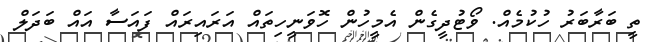
ތީ ބަރާބަރު ހުކުމެއް. ވޯޓުދީގެން އެމީހުން ހޮވަނީހިތައް އަރައިރައް ފައަސާ އައް ބަދަލް